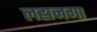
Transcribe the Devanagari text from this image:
लहानगा